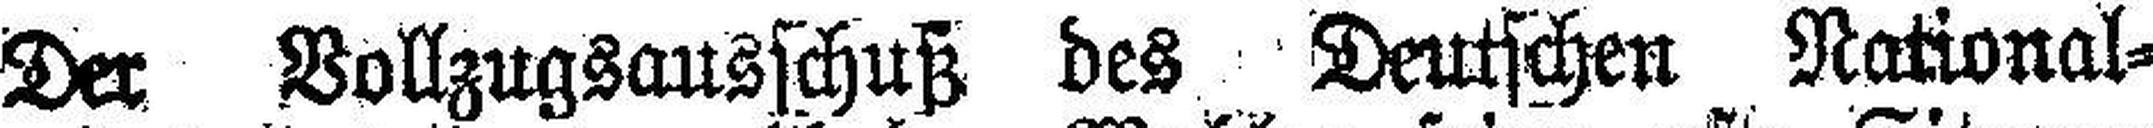
Der Vollzugsausschuß des Deutschen National¬